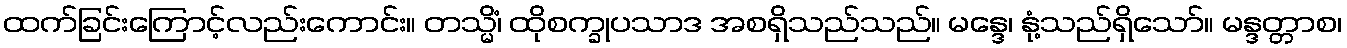
ထက်ခြင်းကြောင့်လည်းကောင်း။ တသ္မိံ၊ ထိုစက္ခုပသာဒ အစရှိသည်သည်။ မန္ဒေ၊ နုံ့သည်ရှိသော်။ မန္ဒတ္တာစ၊